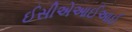
ઈસીએઆઈઆઈ